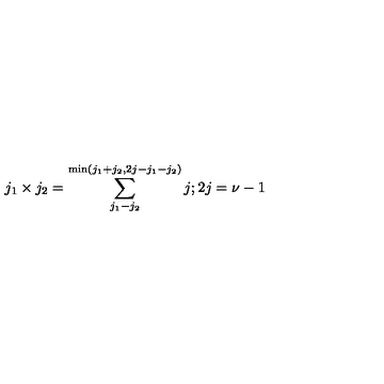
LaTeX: j _ { 1 } \times j _ { 2 } = \sum _ { j _ { 1 } - j _ { 2 } } ^ { \min ( j _ { 1 } + j _ { 2 } , 2 j - j _ { 1 } - j _ { 2 } ) } j ; 2 j = \nu - 1